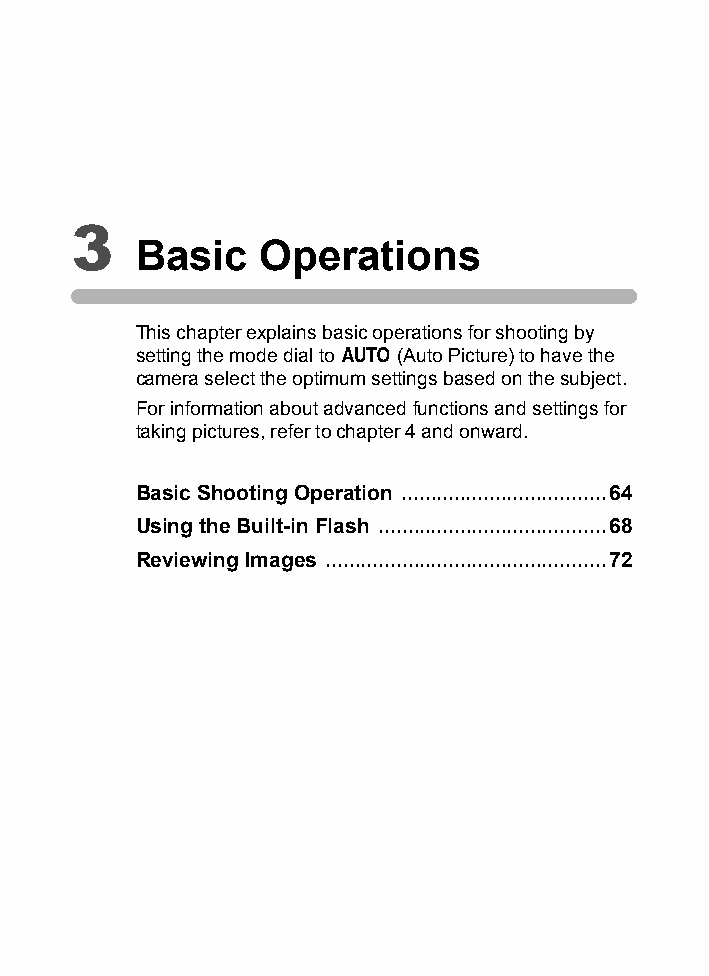
3
 Basic   Operations
 This chapter explains basic operations for shooting by
 setting the mode dial to n (Auto Picture) to have the
 camera select the optimum settings based on the subject.
 For information about advanced functions and settings for
 taking pictures, refer to chapter 4 and onward.
 Basic Shooting Operation ...................................64
 Using the Built-in Flash .......................................68
 Reviewing Images ................................................72